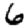
Digit: 6